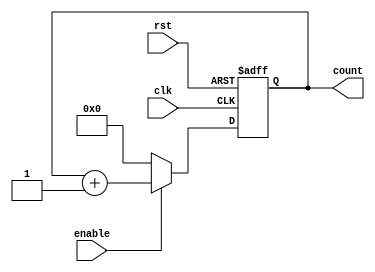
`timescale 1ns/1ns

module mod16cntr(
	input clk,rst,enable,
	output [3:0]count
);

	reg [3:0]count_ff,count_nxt;
	
	assign count = count_ff;

	always @ (*)
	begin 
		count_nxt = count_ff;
		if(enable)
			count_nxt = count_ff + 1'b1;
		else
			count_nxt = 'd0;
	end

	always @ (posedge clk or posedge rst)
	begin
		if(rst)
			count_ff <= -1;
		else count_ff <= count_nxt;
	end

endmodule